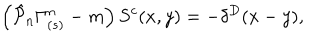
\left( \hat { { \cal P } } _ { n } \Gamma _ { ( s ) } ^ { n } - m \right) S ^ { c } ( x , y ) = - \delta ^ { D } ( x - y ) ,